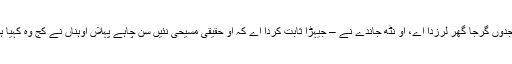
لیکن جدوں گرجا گھر لرزدا اے، اُو نٹھ جاندے نے – جیہڑا ثابت کردا اے کہ اُو حقیقی مسیحی نئیں سن چاہے پہلاں اُوہناں نے کُج وہ کہیا ہووے۔